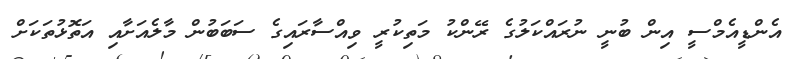
އެންޑީއެމްސީ އިން ބުނީ ނުރައްކަލުގެ ރޭންކު މަތިކުރީ ވިއްސާރައިގެ ސަބަބުން މާލެއަށާއި އަތޮޅުތަކަށް